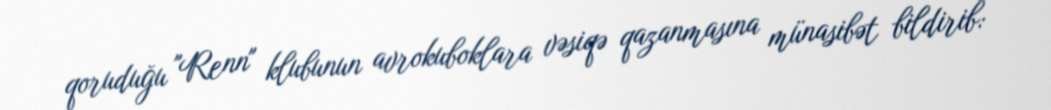
qoruduğu "Renn" klubunun avrokuboklara vəsiqə qazanmasına münasibət bildirib: